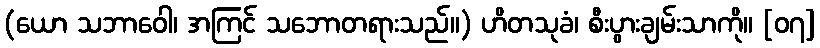
(ယော သဘာဝေါ၊ အကြင် သဘောတရားသည်။) ဟိတသုခံ၊ စီးပွားချမ်းသာကို။ [၀၇]